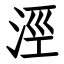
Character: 涇